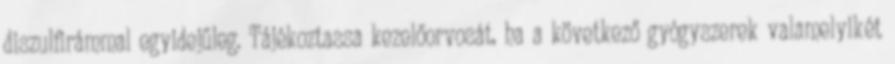
diszulfirámmal egyidejűleg. Tájékoztassa kezelőorvosát, ha a következő gyógyszerek valamelyikét